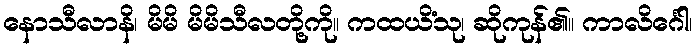
နောသီလာနိ၊ မိမိ မိမိသီလတို့ကို။ ကထယိံသု၊ ဆိုကုန်၏။ ကာလိင်္ဂေါ၊